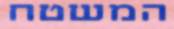
המשטח